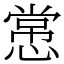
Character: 㦂